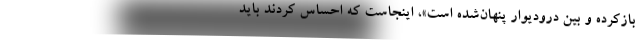
بازکرده و بین درودیوار پنهان‌شده است»، اینجاست که احساس کردند باید